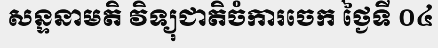
សន្ទនាមតិ វិទ្យុជាតិចំការចេក ថ្ងៃទី ០៤